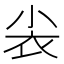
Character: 𰍫